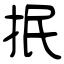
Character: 抿